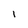
Character: 1